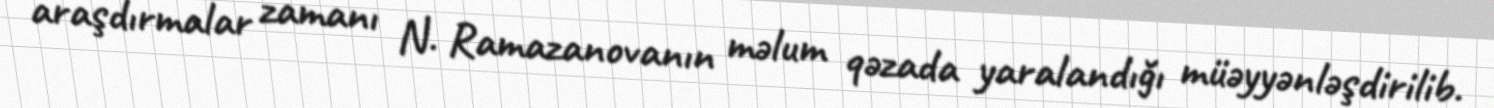
araşdırmalar zamanı N. Ramazanovanın məlum qəzada yaralandığı müəyyənləşdirilib.